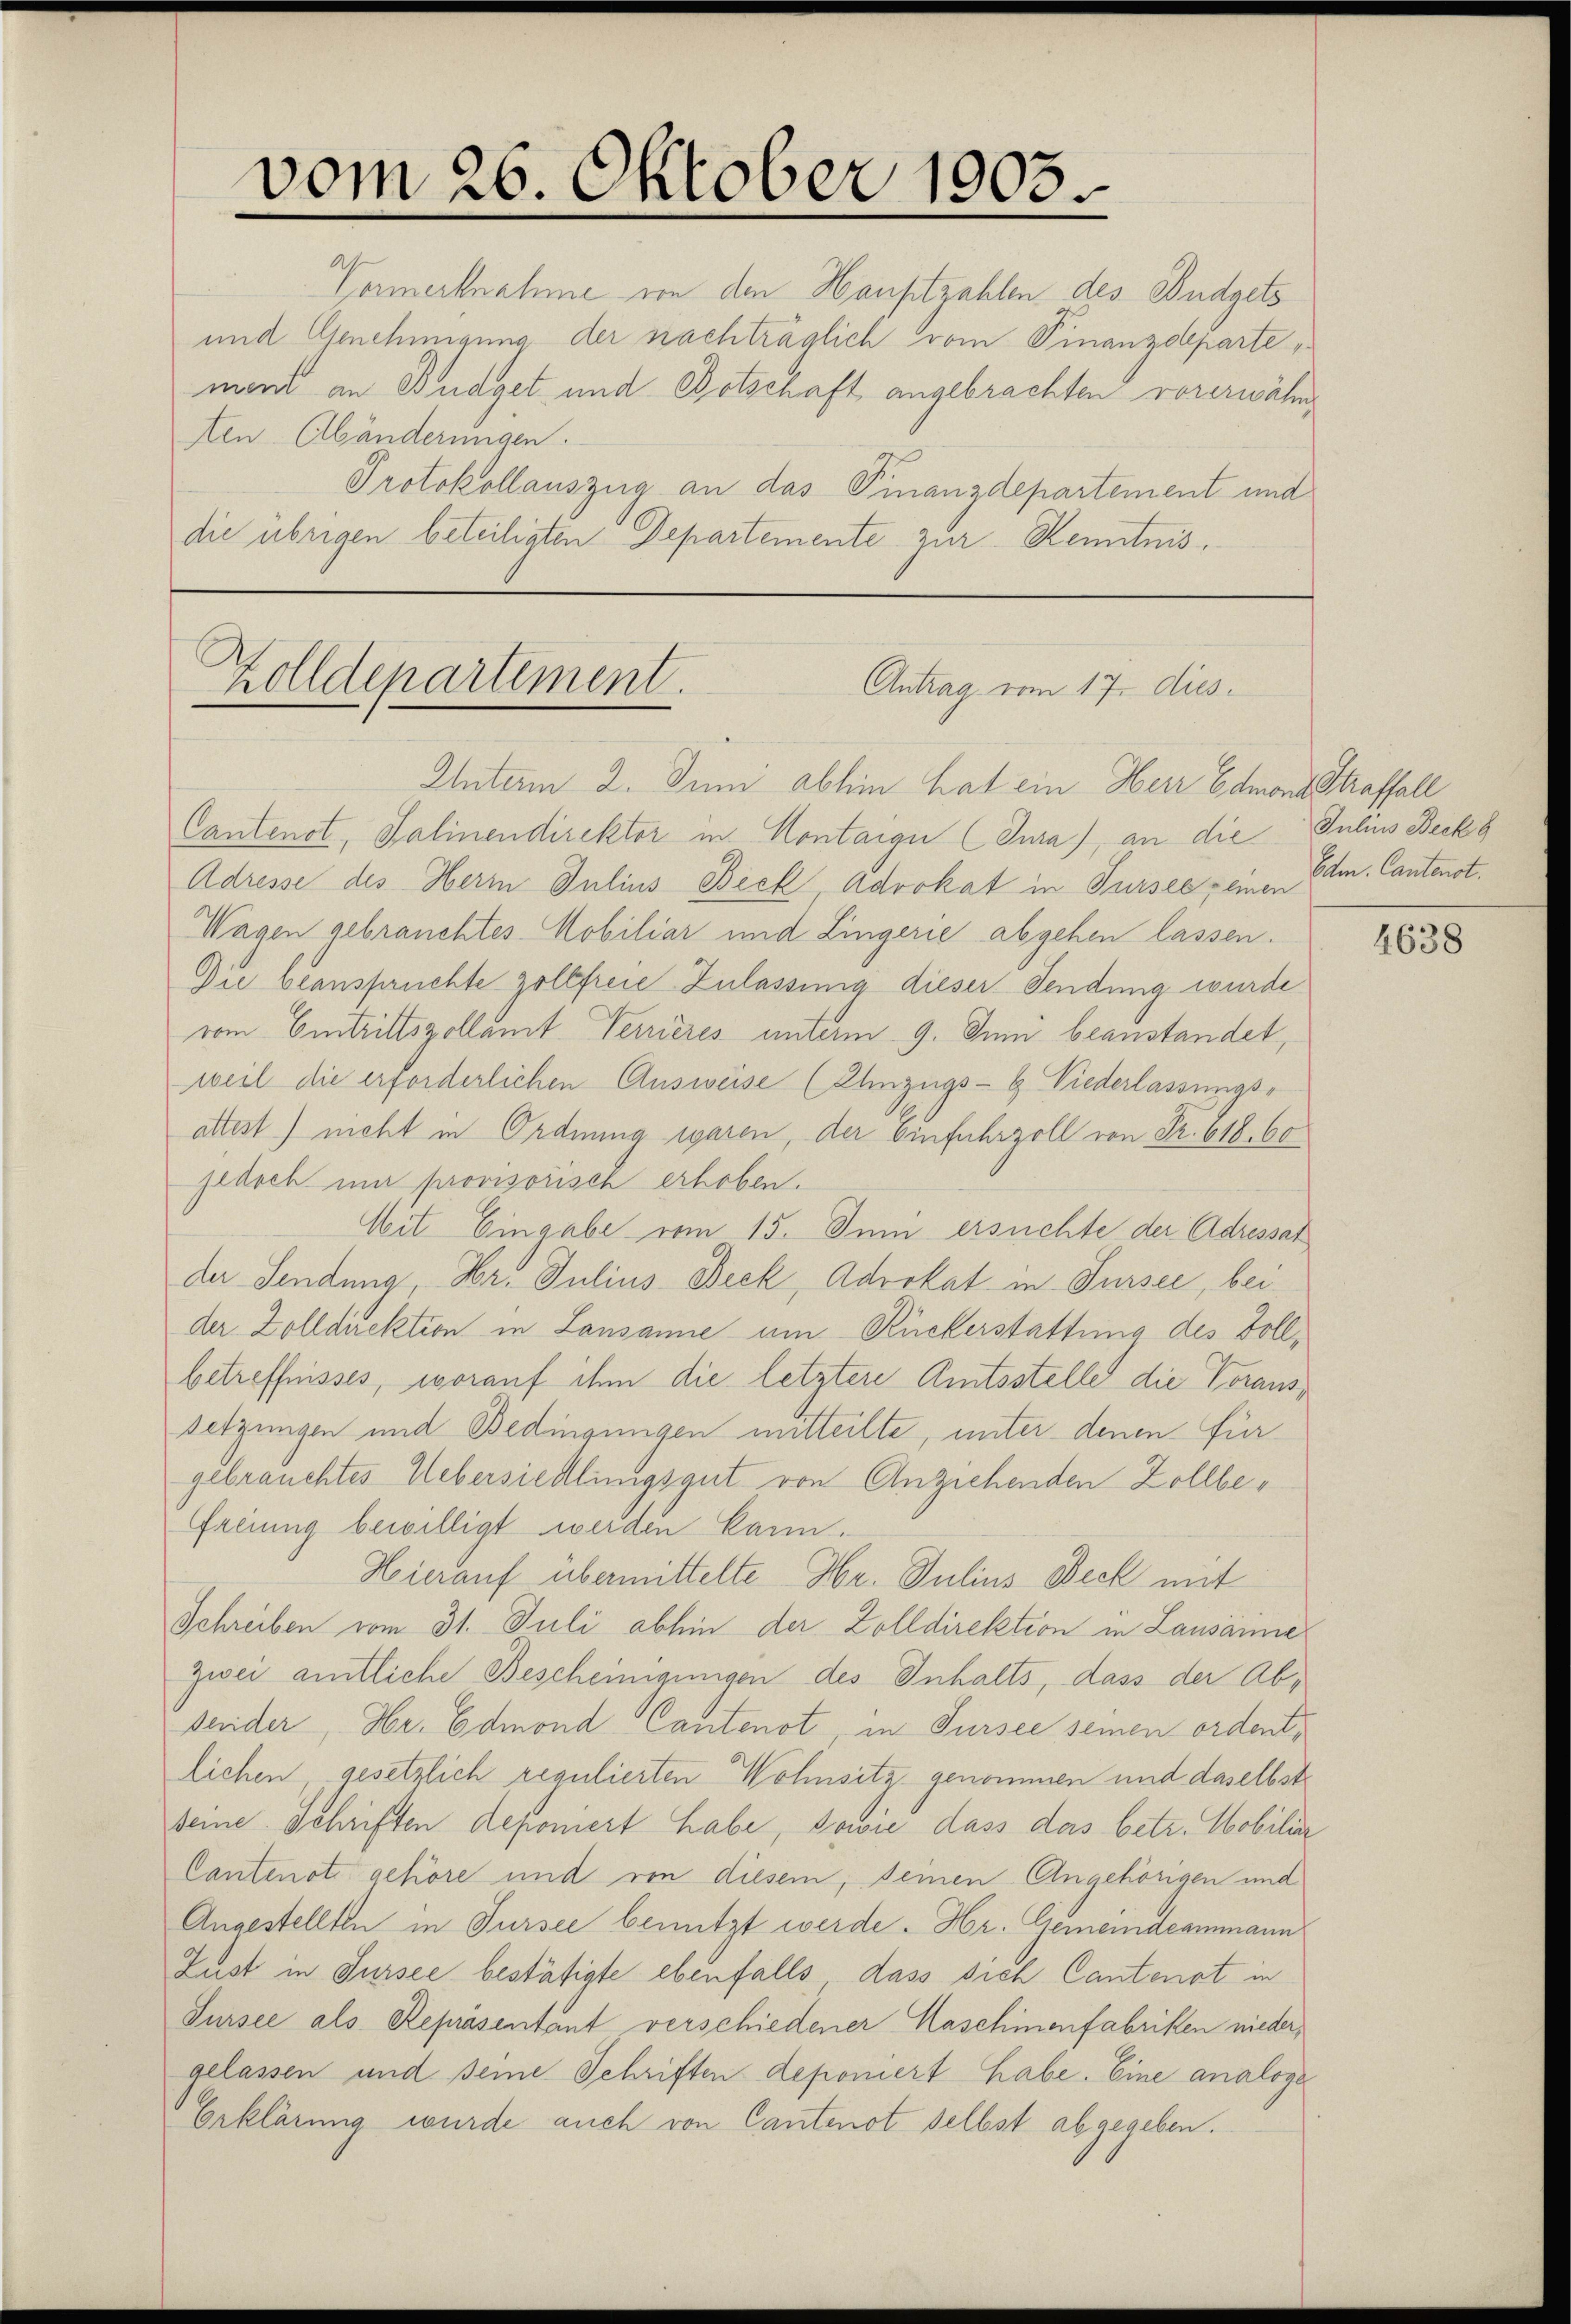
vom 26. Oktober 1903.

Vormerknahme von den Hauptzahlen des Budgets
und Genehmigung der nachträglich vom Finanzdeparte
ment an Budget und Botschaft angebrachten vorerwähn¬
Aen Abänderungen.
Protokollauszug an das Finanzdepartement und
die übrigen beteiligten Departemente zur Kenntnis¬
Antrag vom 17. dies
Unterm 2. Juni abhin hat ein Herr Edmontsstraffall
Cantenst, Salinendirektor in Montaige (Jura), an die Julius Beck g
Adresse des Herrn Julius Beck Advokat in Tursee einen
Wagen gebrauchtes Mobiliar und Lingerie abgehen lassen.
Die beanspruchte zollfreie Zulassung dieser Sendung wurde
vom Eintrittszollamt Verrieres unterm 9. Juni beanstandet,
weil die erforderlichen Ausweise (Ihnzugs-G. Niederlassungs-
attest) nicht in Ordnung waren, der Einfuhrzoll von Fr. 618. 60
flasch und provisorisch erhoben.
Mit Eingabe vom 15. Juni ersuchte der Adressat
de Sendung Hr. Julius Beck, Advokat in Sursee, bei
der Zolldirektion in Lausanne am Rückerstattung des Vollbetreffnisses, worauf ihm die letztere Amtsstelle die Voraussetzungen und Bedingungen mitteilte, unter denen Fürgebrauchtes Uebersiedlungsgut von Anziehenden Zollbefreiung bewilligt werden kann.
Hierauf übermittelte Hr. Julius Deck mit
Schreiben vom 31. Juli abhin der Zolldirektion in Lausainie
zwei amtliche Bescheinigungen des Inhalts, dass der Absender, Hr. Edmond Cantonot, in Sursee seinen ordentlichen, gesetzlich regulierten Wohnsitz genommen und daselbst
seine Schriften deponiert habe, sowie dass das betr. Mobiliar
Cantenot gehöre und von diesem, seinen Angehörigen und
Angestellten in Sursee benützt werde. Hr. Gemeindeammann
Lust in Sursee bestätigte ebenfalls dass sich Cantenst in
Sursee als Repräsentant verschiedener Maschinenfabriken niedergelassen und seine Schriften deponiert habe. Eine analoge
Erklärung wurde auch von Cantenot selbst abgegeben.

Zolldepartement.

Edm. Cantenst.

4638